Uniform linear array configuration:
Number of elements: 12
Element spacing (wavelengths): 0.25
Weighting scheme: kaiser
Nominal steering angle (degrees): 30
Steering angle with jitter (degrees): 31.218
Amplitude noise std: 0.05
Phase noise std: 0.05

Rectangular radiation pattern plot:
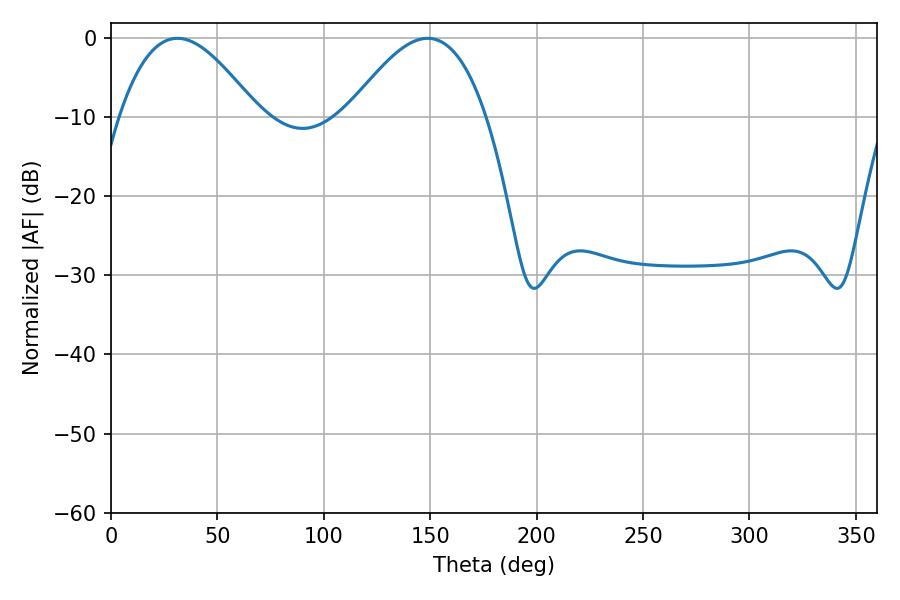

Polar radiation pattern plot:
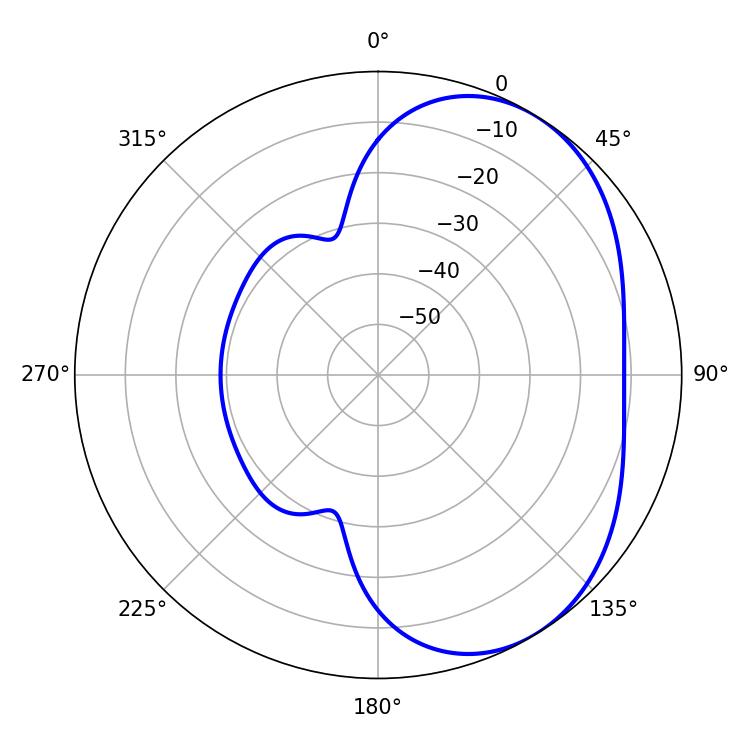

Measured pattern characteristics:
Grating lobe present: FALSE
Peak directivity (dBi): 4.121
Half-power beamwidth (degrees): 35.28
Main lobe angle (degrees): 31.14